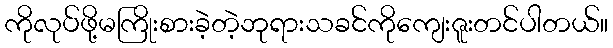
ကိုလုပ်ဖို့မကြိုးစားခဲ့တဲ့ဘုရားသခင်ကိုကျေးဇူးတင်ပါတယ်။